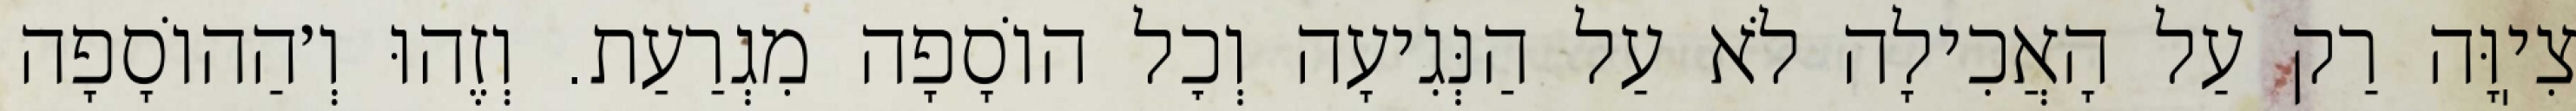
צִיֽוָּה רַק עַל הָאֲכִילָה לֹא עַל הַנְּגִיעָה וְכׇל הוֹסָפָה מִגְרַעַת. וְזֶהוּ וְ׳הַהוֹסָפָה